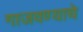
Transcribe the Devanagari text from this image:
गाजवण्याचे